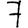
Digit: 7